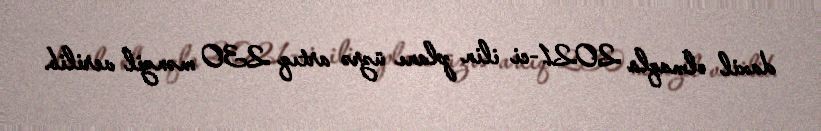
daxil olmaqla 2021-ci ilin planı üzrə artıq 230 mənzil verilib.